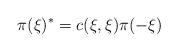
LaTeX: \begin{align*}\pi (\xi)^* = c (\xi,\xi)\pi (-\xi)\end{align*}